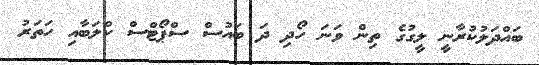
ބައްދަލުކުރާނީ ލީގުގެ ތިން ވަނަ ހޯދި ދަ ބައުސް ސްޕޯޓްސް ކްލަބާއި ހަތަރު